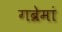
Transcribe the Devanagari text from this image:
गब्रेमां